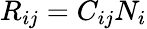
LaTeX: R_{ij}=C_{ij}N_{i}